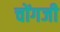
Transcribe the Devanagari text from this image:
चोंगजी